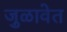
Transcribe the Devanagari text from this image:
जुळावेत